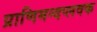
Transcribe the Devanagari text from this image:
प्राणिमन्दप्लवक